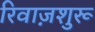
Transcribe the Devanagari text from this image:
रिवाज़शुरू